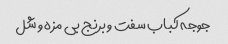
جوجه کباب سفت و برنج بی مزه و شل